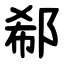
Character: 郗